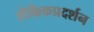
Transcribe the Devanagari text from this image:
शैक्षिकप्रदर्शन